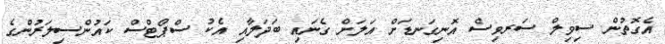
އެގޮތުން ސިވިލް ސަރވިސް އޮނިގަނޑަށް އަލަށް ގެނައި ބަދަލާއި އެކު ސްޕޯޓްސް ކައުންސިލަރުންގެ